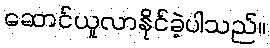
ဆောင်ယူလာနိုင်ခဲ့ပါသည်။